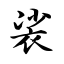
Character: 裟